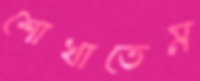
শোখাতেম